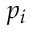
p _ { i }